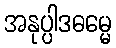
အနုပ္ပါဒဓမ္မေ